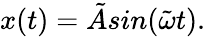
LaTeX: x(t)=\tilde{A}sin(\tilde{\omega}t).